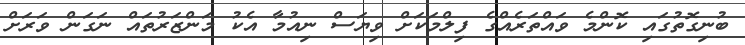
ބުނިގޮތުގައި ކޮންމެ ވައްތަރެއްގެ ފިލްމަކަށް ވިޔަސް ނިއުމާ އެކު މަންޒަރުތައް ނަގަން ވަރަށް